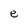
Character: e